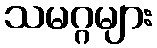
သမဂ္ဂများ